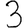
Digit: 3